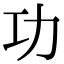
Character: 功